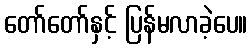
တော်တော်နှင့် ပြန်မလာခဲ့ပေ။